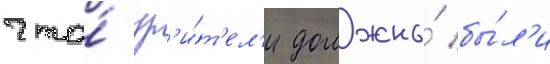
что́ зр'и́т'ел'и должны́ бы́л'и